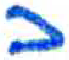
אות: כ